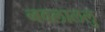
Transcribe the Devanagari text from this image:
नवलाललु